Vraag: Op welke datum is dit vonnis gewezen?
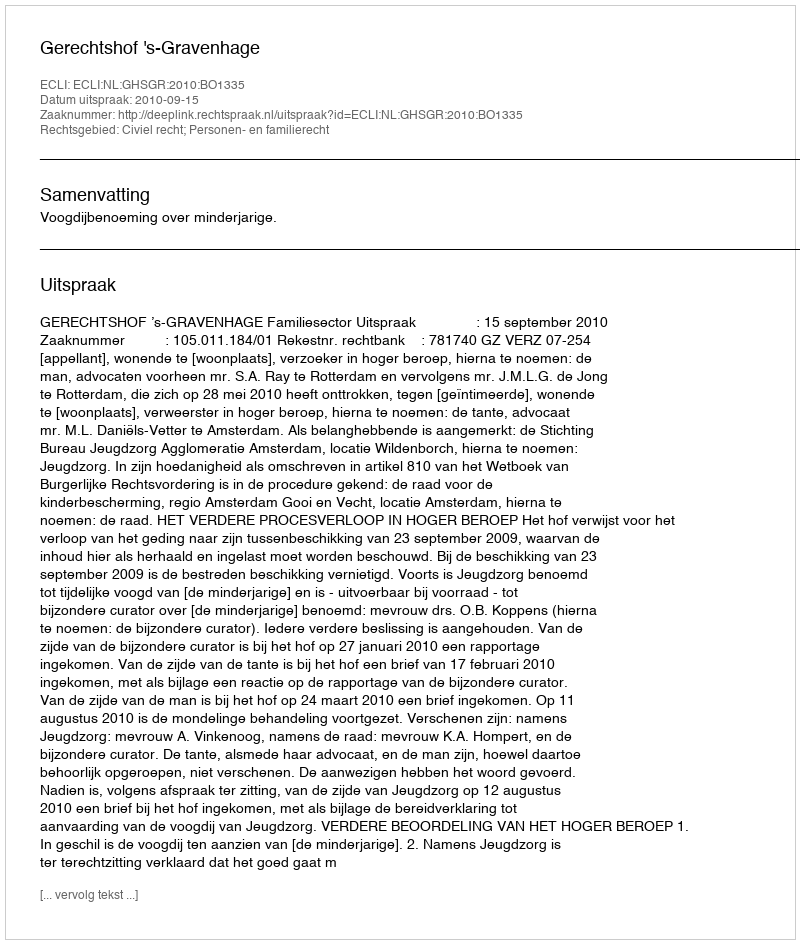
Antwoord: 2010-09-15